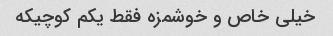
خیلی خاص و خوشمزه فقط یکم کوچیکه